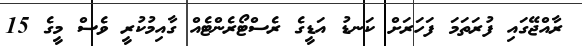
ރާއްޖޭގައި ފުރަތަމަ ފަހަރަށް ކަނޑު އަޑީގެ ރެސްޓޯރެންޓެއް ގާއިމުކުރީ ވެސް މީގެ 15